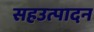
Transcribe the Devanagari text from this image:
सहउत्पादन